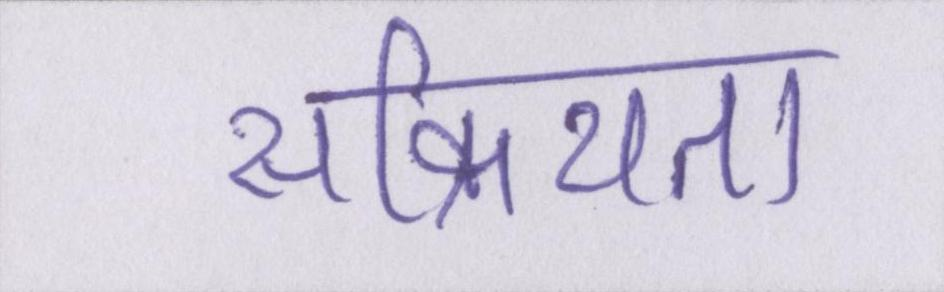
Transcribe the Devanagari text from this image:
सक्रियता